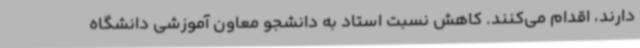
دارند، اقدام می‌کنند. کاهش نسبت استاد به دانشجو معاون آموزشی دانشگاه